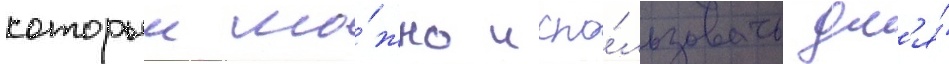
которыи мо́жно испо́льзовать дл'я́